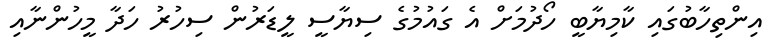
އިންތިހާބުގައި ކާމިޔާބީ ހޯދުމަށް އެ ގައުމުގެ ސިޔާސީ ލީޑަރުން ސިހުރު ހަދާ މީހުންނާއި